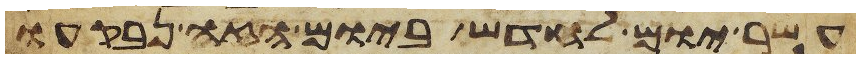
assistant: עשר יום לחדש ביום הזה נבקעו